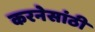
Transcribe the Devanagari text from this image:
करनेसांठी